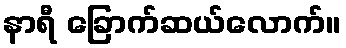
နာရီ ခြောက်ဆယ်လောက်။